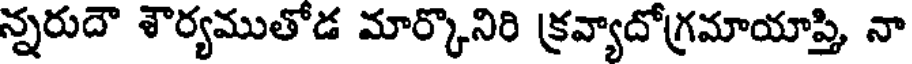
న్నరుదౌ శౌర్యముతోడ మార్కొనిరి క్రవ్యాదోగ్రమాయాప్తి, నా